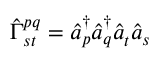
{ \hat { \Gamma } } _ { s t } ^ { p q } = { \hat { a } } _ { p } ^ { \dagger } { \hat { a } } _ { q } ^ { \dagger } { \hat { a } } _ { t } ^ { } { \hat { a } } _ { s } ^ { }